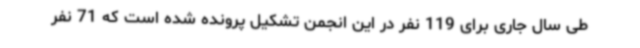
طی سال جاری برای 119 نفر در این انجمن تشکیل پرونده شده است که 71 نفر